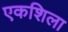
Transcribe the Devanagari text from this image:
एकशिला